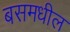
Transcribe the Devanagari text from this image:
बसमधील